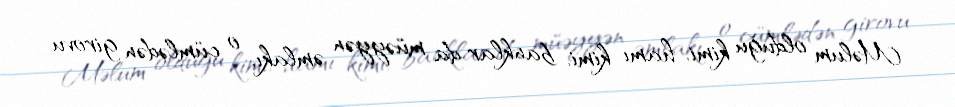
Məlum olduğu kimi, hamı kimi, banklar da müəyyən əmlakı, o cümlədən girovu